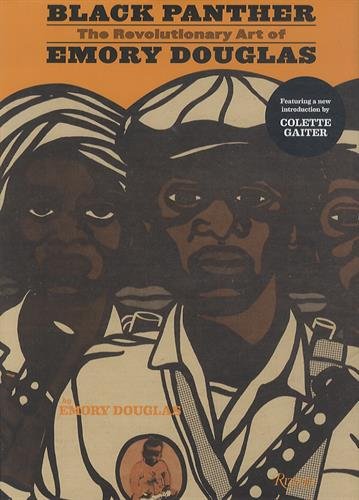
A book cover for Black Panther: The Revolutionary Art of Emory Douglas; Emory Douglas; Arts & Photography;